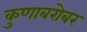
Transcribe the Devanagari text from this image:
कुणाबरोबर